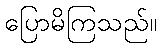
ပြောမိကြသည်။